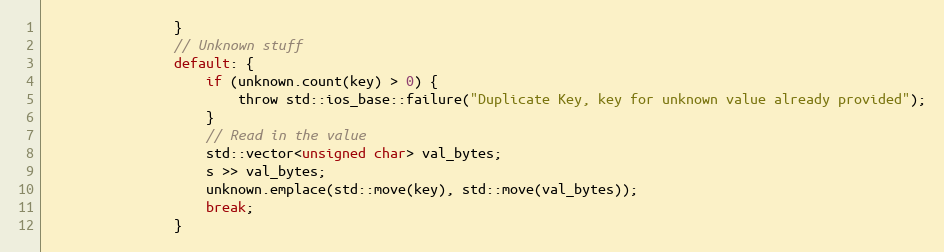
Language: C
                }
                // Unknown stuff
                default: {
                    if (unknown.count(key) > 0) {
                        throw std::ios_base::failure("Duplicate Key, key for unknown value already provided");
                    }
                    // Read in the value
                    std::vector<unsigned char> val_bytes;
                    s >> val_bytes;
                    unknown.emplace(std::move(key), std::move(val_bytes));
                    break;
                }